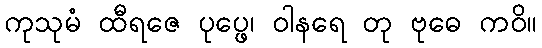
ကုသုမံ ထီရဇေ ပုပ္ဖေ၊ ဝါနရေ တု ဗုဓေ ကဝိ။